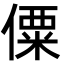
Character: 僳